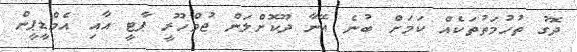
ދޮގު ތުހުމަތުތަކެއް ކަމަށް ބުނެ އޭނާ ދޫކޮށްލަން ޖުމްހޫރީ ޕާޓީ އާއި އެމްޑީޕީން